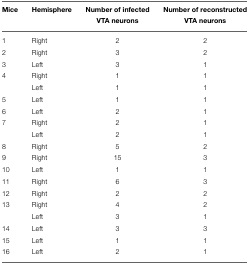
| Mice | Hemisphere | Number of infected VTA neurons | Number of reconstructed VTA neurons |
 | --- | --- | --- | --- |
 | 1 | Right | 2 | 2 |
 | 2 | Right | 3 | 2 |
 | 3 | Left | 3 | 1 |
 | 4 | Right | 1 | 1 |
 |  | Left | 1 | 1 |
 | 5 | Left | 1 | 1 |
 | 6 | Left | 2 | 1 |
 | 7 | Right | 2 | 1 |
 |  | Left | 2 | 1 |
 | 8 | Right | 5 | 2 |
 | 9 | Right | 15 | 3 |
 | 10 | Left | 1 | 1 |
 | 11 | Right | 6 | 3 |
 | 12 | Right | 2 | 2 |
 | 13 | Right | 4 | 2 |
 |  | Left | 3 | 1 |
 | 14 | Left | 3 | 3 |
 | 15 | Left | 1 | 1 |
 | 16 | Left | 2 | 1 |